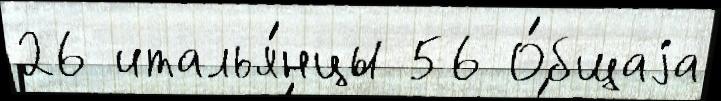
26 италья́нцы 56 О́бщаjа